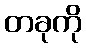
တခုကို